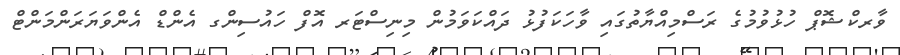
ވާރކްޝޮޕް ހުޅުވުމުގެ ރަސްމިއްޔާތުގައި ވާހަކަފުޅު ދައްކަވަމުން މިނިސްޓަރ އޮފް ހައުސިންގ އެންޑް އެންވަޔަރަންމަންޓް